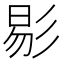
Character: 𢒗